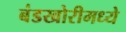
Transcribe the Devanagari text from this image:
बंडखोरीमध्ये